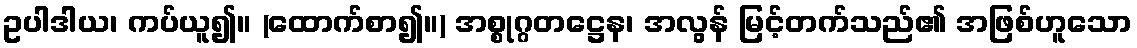
ဥပါဒါယ၊ ကပ်ယူ၍။ (ထောက်စာ၍။) အစ္စုဂ္ဂတဋ္ဌေန၊ အလွန် မြင့်တက်သည်၏ အဖြစ်ဟူသော